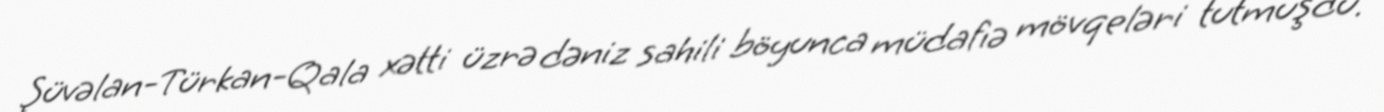
Şüvəlan-Türkan-Qala xətti üzrə dəniz sahili böyunca müdafıə mövqeləri tutmuşdu.